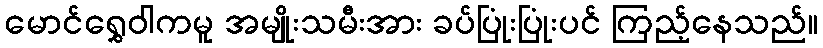
မောင်ရွှေဝါကမူ အမျိုးသမီးအား ခပ်ပြုံးပြုံးပင် ကြည့်နေသည်။